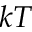
k T